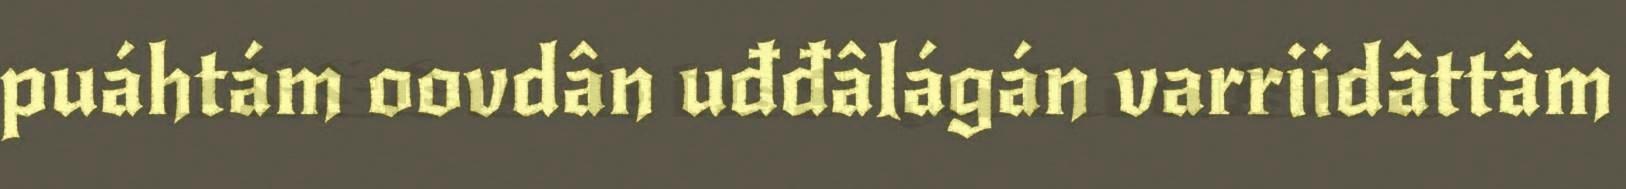
puáhtám oovdân uđđâlágán varriidâttâm